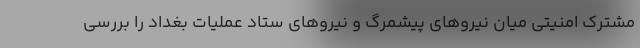
مشترک امنیتی میان نیروهای پیشمرگ و نیروهای ستاد عملیات بغداد را بررسی